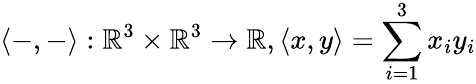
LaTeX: \langle-,-\rangle:\mathbb{R}^{3}\times\mathbb{R}^{3}\to\mathbb{R},\langle x,y\rangle=\sum_{i=1}^{3}x_{i}y_{i}